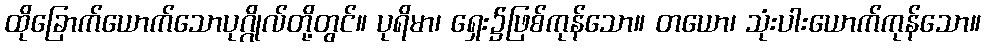
ထိုခြောက်ယောက်သောပုဂ္ဂိုလ်တို့တွင်။ ပုရိမာ၊ ရှေး၌ဖြစ်ကုန်သော။ တယော၊ သုံးပါးယောက်ကုန်သော။